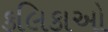
કલિકાઓ